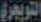
التويجري